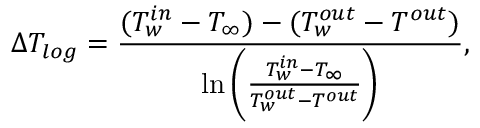
\Delta T _ { l o g } = \frac { ( T _ { w } ^ { i n } - T _ { \infty } ) - ( T _ { w } ^ { o u t } - T ^ { o u t } ) } { \ln \bigg ( \frac { T _ { w } ^ { i n } - T _ { \infty } } { T _ { w } ^ { o u t } - T ^ { o u t } } \bigg ) } ,